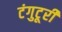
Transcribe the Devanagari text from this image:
टंगुटूरी